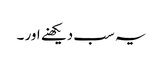
یہ سب دیکھنے اور ۔